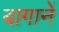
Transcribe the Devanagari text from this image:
बागानें